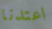
اعتدنا